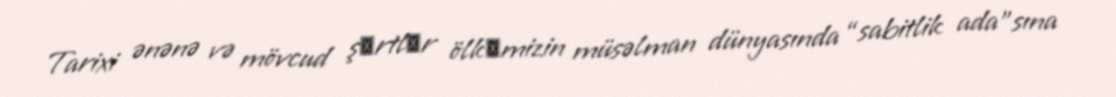
Tarixi ənənə və mövcud şәrtlәr ölkәmizin müsəlman dünyasında “sabitlik ada”sına